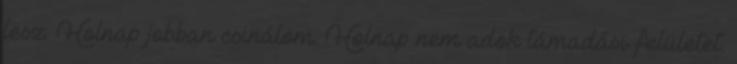
lesz. Holnap jobban csinálom. Holnap nem adok támadási felületet.